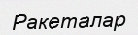
Ракеталар